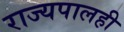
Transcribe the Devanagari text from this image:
राज्यपालही